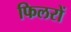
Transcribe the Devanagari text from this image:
फिलरों